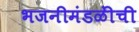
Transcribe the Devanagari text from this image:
भजनीमंडळींची